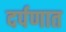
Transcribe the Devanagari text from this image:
दर्पणात